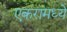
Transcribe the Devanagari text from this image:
एकरामध्ये